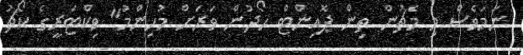
ނަމަވެސް މި މެޗުން ތިން ޕޮއިންޓް ހޯދުން ވަރަށް މުހިންމު" ވިކްޓަރީގެ ކޯޗު